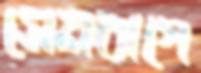
সেনবাগে